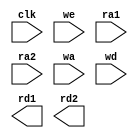
//-----------------------------------------------------------------------------
//  Module: RegFile
//  Desc: An array of 32 32-bit registers
//  Inputs Interface:
//    clk: Clock signal
//    ra1: first read address (asynchronous)
//    ra2: second read address (asynchronous)
//    wa: write address (synchronous)
//    we: write enable (synchronous)
//    wd: data to write (synchronous)
//  Output Interface:
//    rd1: data stored at address ra1
//    rd2: data stored at address ra2
//-----------------------------------------------------------------------------

module RegFile(input clk,
               input we,
               input  [4:0] ra1, ra2, wa,
               input  [31:0] wd,
               output [31:0] rd1, rd2);

// Implement your register file here, then delete this comment.

endmodule